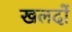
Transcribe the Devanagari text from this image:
खलदों